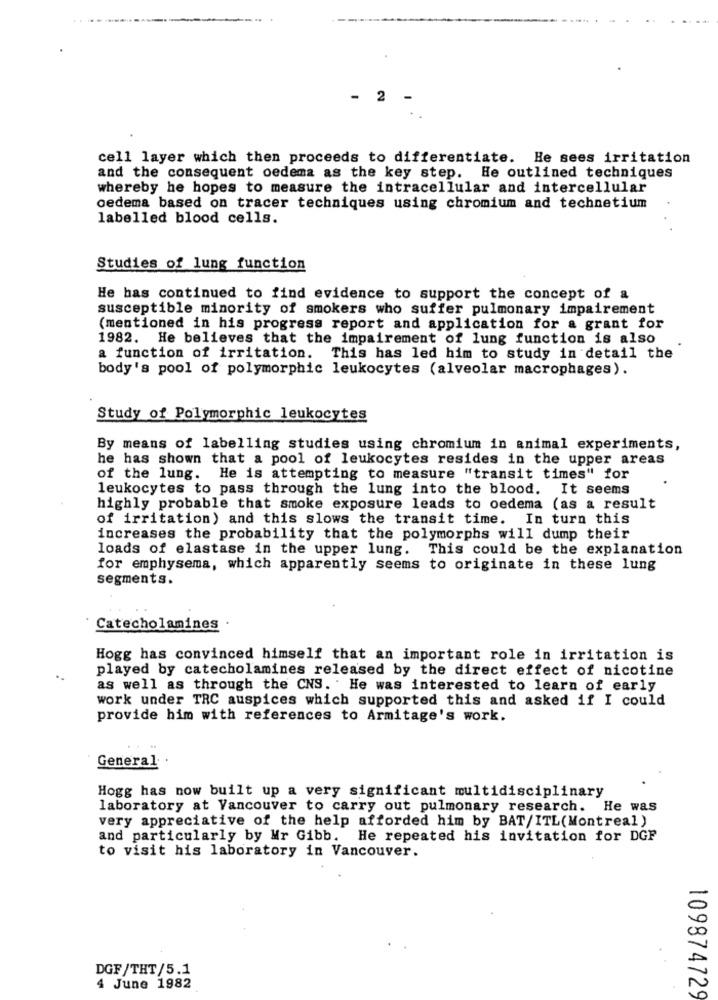
- 2
cell layer which then proceeds to differentiate. He sees irritation
and the consequent oedema as the key step. He outlined techniques
whereby he hopes to measure the intracellular and intercellular
oedema based on tracer techniques using chromium and technetium
labelled blood cells.
Studies of lung function
He has continued to find evidence to support the concept of a
susceptible minority of smokers who suffer pulmonary impairement
(mentioned in his progress report and application for a grant for
1982. He believes that the impairement of lung function is also
a function of irritation. This has led him to study in detail the
body's pool of polymorphic leukocytes (alveolar macrophages).
Study of Polymorphic leukocytes
By means of labelling studies using chromium in animal experiments,
he has shown that a pool of leukocytes resides in the upper areas
of the lung. He is attempting to measure "transit times" for
leukocytes to pass through the lung into the blood. It seems
highly probable that smoke exposure leads to oedema (as a result
of irritation) and this slows the transit time. In turn this
increases the probability that the polymorphs will dump their
loads of elastase in the upper lung.
This could be the explanation
for emphysema, which apparently seems to originate in these lung
segments.
Catecholamines .
Hogg has convinced himself that an important role in irritation is
played by catecholamines released by the direct effect of nicotine
as well as through the CNS. He was interested to learn of early
work under TRC auspices which supported this and asked if I could
provide him with references to Armitage's work.
General .
Hogg has now built up a very significant multidisciplinary
laboratory at Vancouver to carry out pulmonary research. He was
very appreciative of the help afforded him by BAT/ITL(Montreal)
and particularly by Mr Gibb. He repeated his invitation for DGP
to visit his laboratory in Vancouver.
DGF/THT/5.1
4 June 1982
109874729